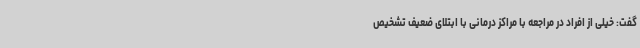
گفت: خیلی از افراد در مراجعه با مراکز درمانی با ابتلای ضعیف تشخیص